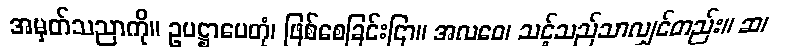
အမှတ်သညာကို။ ဥပဋ္ဌာပေတုံ၊ ဖြစ်စေခြင်းငြာ။ အလဝေ၊ သင့်သည်သာလျှင်တည်း။ ဆ၊